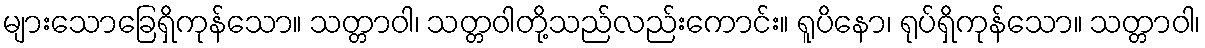
များသောခြေရှိကုန်သော။ သတ္တာဝါ၊ သတ္တဝါတို့သည်လည်းကောင်း။ ရူပိနော၊ ရုပ်ရှိကုန်သော။ သတ္တာဝါ၊